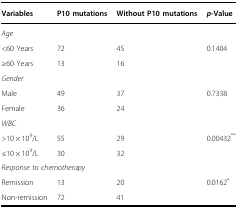
<table><thead><tr><td><b>Variables</b></td><td><b>P10 mutations</b></td><td><b>Without P10 mutations</b></td><td><b><i>p</i>-Value</b></td></tr></thead><tbody><tr><td colspan="4"><i>Age</i></td></tr><tr><td>&lt;60 Years</td><td>72</td><td>45</td><td>0.1404</td></tr><tr><td>≥60 Years</td><td>13</td><td>16</td><td></td></tr><tr><td colspan="4"><i>Gender</i></td></tr><tr><td>Male</td><td>49</td><td>37</td><td>0.7338</td></tr><tr><td>Female</td><td>36</td><td>24</td><td></td></tr><tr><td colspan="4"><i>WBC</i></td></tr><tr><td>&gt;10 × 10<sup>9</sup>/L</td><td>55</td><td>29</td><td>0.00432<sup>**</sup></td></tr><tr><td>≤10 × 10<sup>9</sup>/L</td><td>30</td><td>32</td><td></td></tr><tr><td colspan="4"><i>Response to chemotherapy</i></td></tr><tr><td>Remission</td><td>13</td><td>20</td><td>0.0162<sup>*</sup></td></tr><tr><td>Non-remission</td><td>72</td><td>41</td><td></td></tr></tbody></table>